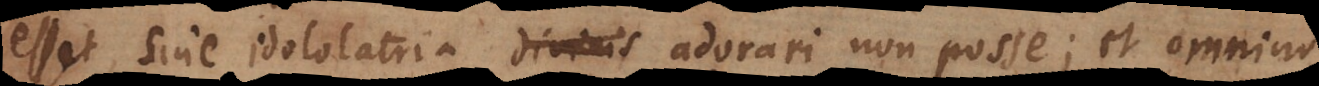
esset sine idololatria divinis adorari non posse; et omnino